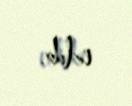
edib.